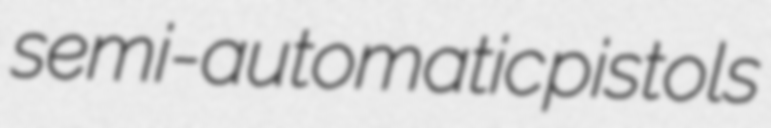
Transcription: semi-automatic pistols